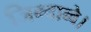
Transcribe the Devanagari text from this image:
जिम्बाब्वे।